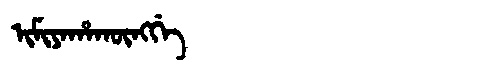
Manchu: ᡳᠮᡳᠶᠠᡥᠠᡴᡡᠩᡤᡝ
Romanization: IMIYAHAKŪNGGE